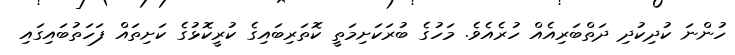
ހުންނަ ކުދިކުދި ދަތްބަރިއެއް ހުރެއެވެ. މަހުގެ ބުރަކަށިމަތީ ކޮތަރިބައިގެ ކުރީކޮޅުގެ ކަށިތައް ފަހަތުބައިގައި